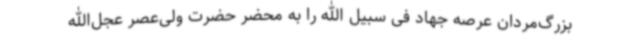
بزرگ‌مردان عرصه جهاد فی سبیل الله را به محضر حضرت ولی‌عصر عجل‌الله